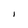
Character: l